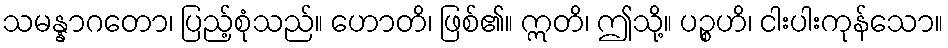
သမန္နာဂတော၊ ပြည့်စုံသည်။ ဟောတိ၊ ဖြစ်၏။ ဣတိ၊ ဤသို့။ ပဉ္စဟိ၊ ငါးပါးကုန်သော။